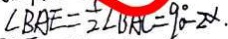
\angle B A E = \frac { 1 } { 2 } \angle B A C = 9 0 ^ { \circ } - 2 \alpha \cdot